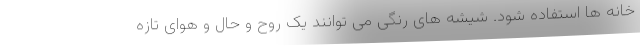
خانه ها استفاده شود. شیشه های رنگی می توانند یک روح و حال و هوای تازه